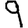
Digit: 9